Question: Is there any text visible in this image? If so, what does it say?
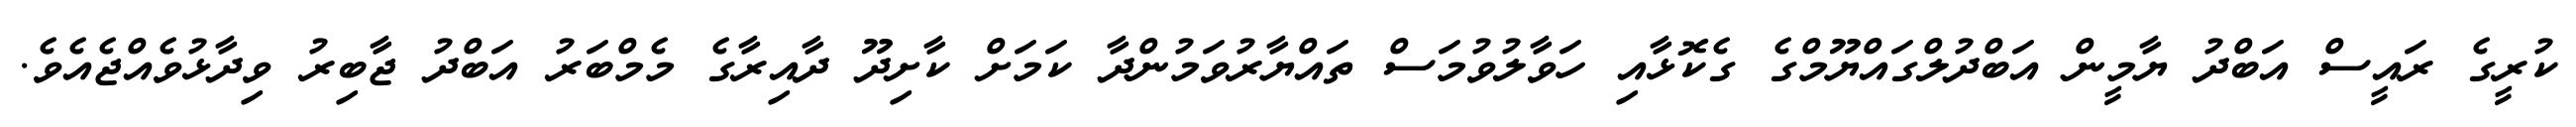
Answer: ކުރީގެ ރައީސް އަބްދު ޔާމީން އަބްދުލްގައްޔޫމްގެ ގެކޮޅާއި ހަވާލުވުމަސް ތައްޔާރުވަމުންދާ ކަމަށް ކާށިދޫ ދާއިރާގެ މެމްބަރު އަބްދު ޖާބިރު ވިދާޅުވެއްޖެއެވެ.